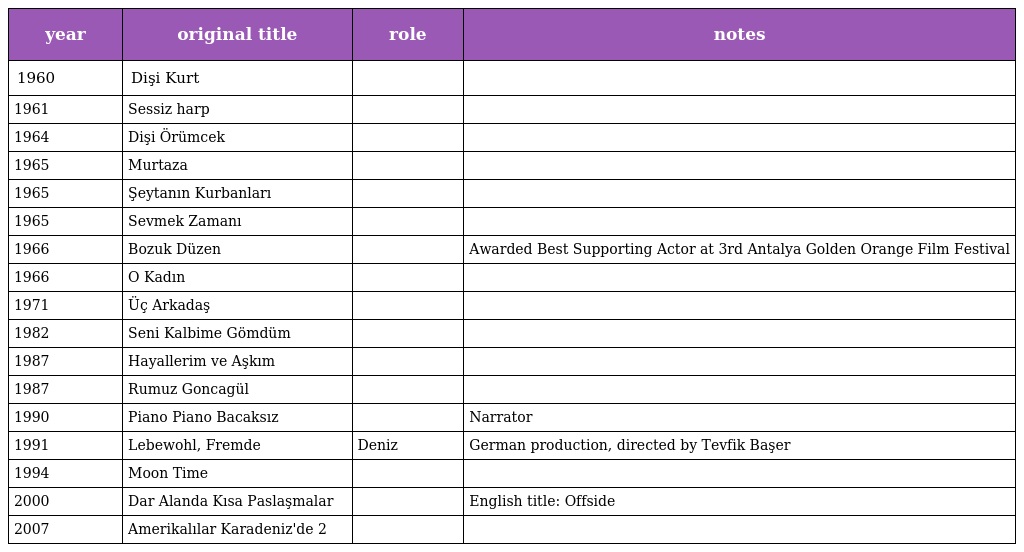
| year | original title | role | notes |
 | --- | --- | --- | --- |
 | 1960 | Dişi Kurt |  |  |
 | 1961 | Sessiz harp |  |  |
 | 1964 | Dişi Örümcek |  |  |
 | 1965 | Murtaza |  |  |
 | 1965 | Şeytanın Kurbanları |  |  |
 | 1965 | Sevmek Zamanı |  |  |
 | 1966 | Bozuk Düzen |  | Awarded Best Supporting Actor at 3rd Antalya Golden Orange Film Festival |
 | 1966 | O Kadın |  |  |
 | 1971 | Üç Arkadaş |  |  |
 | 1982 | Seni Kalbime Gömdüm |  |  |
 | 1987 | Hayallerim ve Aşkım |  |  |
 | 1987 | Rumuz Goncagül |  |  |
 | 1990 | Piano Piano Bacaksız |  | Narrator |
 | 1991 | Lebewohl, Fremde | Deniz | German production, directed by Tevfik Başer |
 | 1994 | Moon Time |  |  |
 | 2000 | Dar Alanda Kısa Paslaşmalar |  | English title: Offside |
 | 2007 | Amerikalılar Karadeniz'de 2 |  |  |